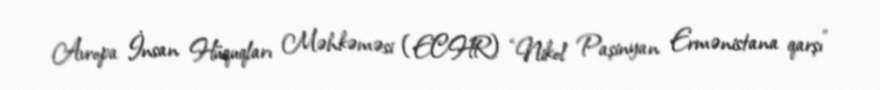
Avropa İnsan Hüquqları Məhkəməsi (ECHR) “Nikol Paşinyan Ermənistana qarşı”